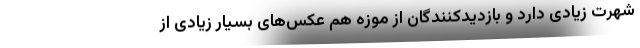
شهرت زیادی دارد و بازدیدکنندگان از موزه هم عکس‌های بسیار زیادی از